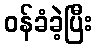
ဝန်ခံခဲ့ပြီး